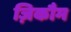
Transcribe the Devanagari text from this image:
ज़िकौम